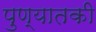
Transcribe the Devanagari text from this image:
पुण्यातकी